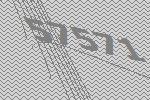
57571